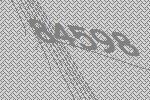
84598